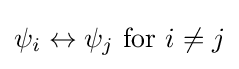
\psi _{i}\leftrightarrow \psi _{j}{\text{  for }}i\neq j